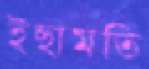
ইছামতি